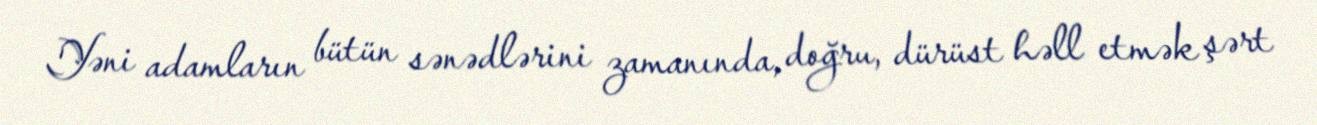
Yəni adamların bütün sənədlərini zamanında, doğru, dürüst həll etmək şərt